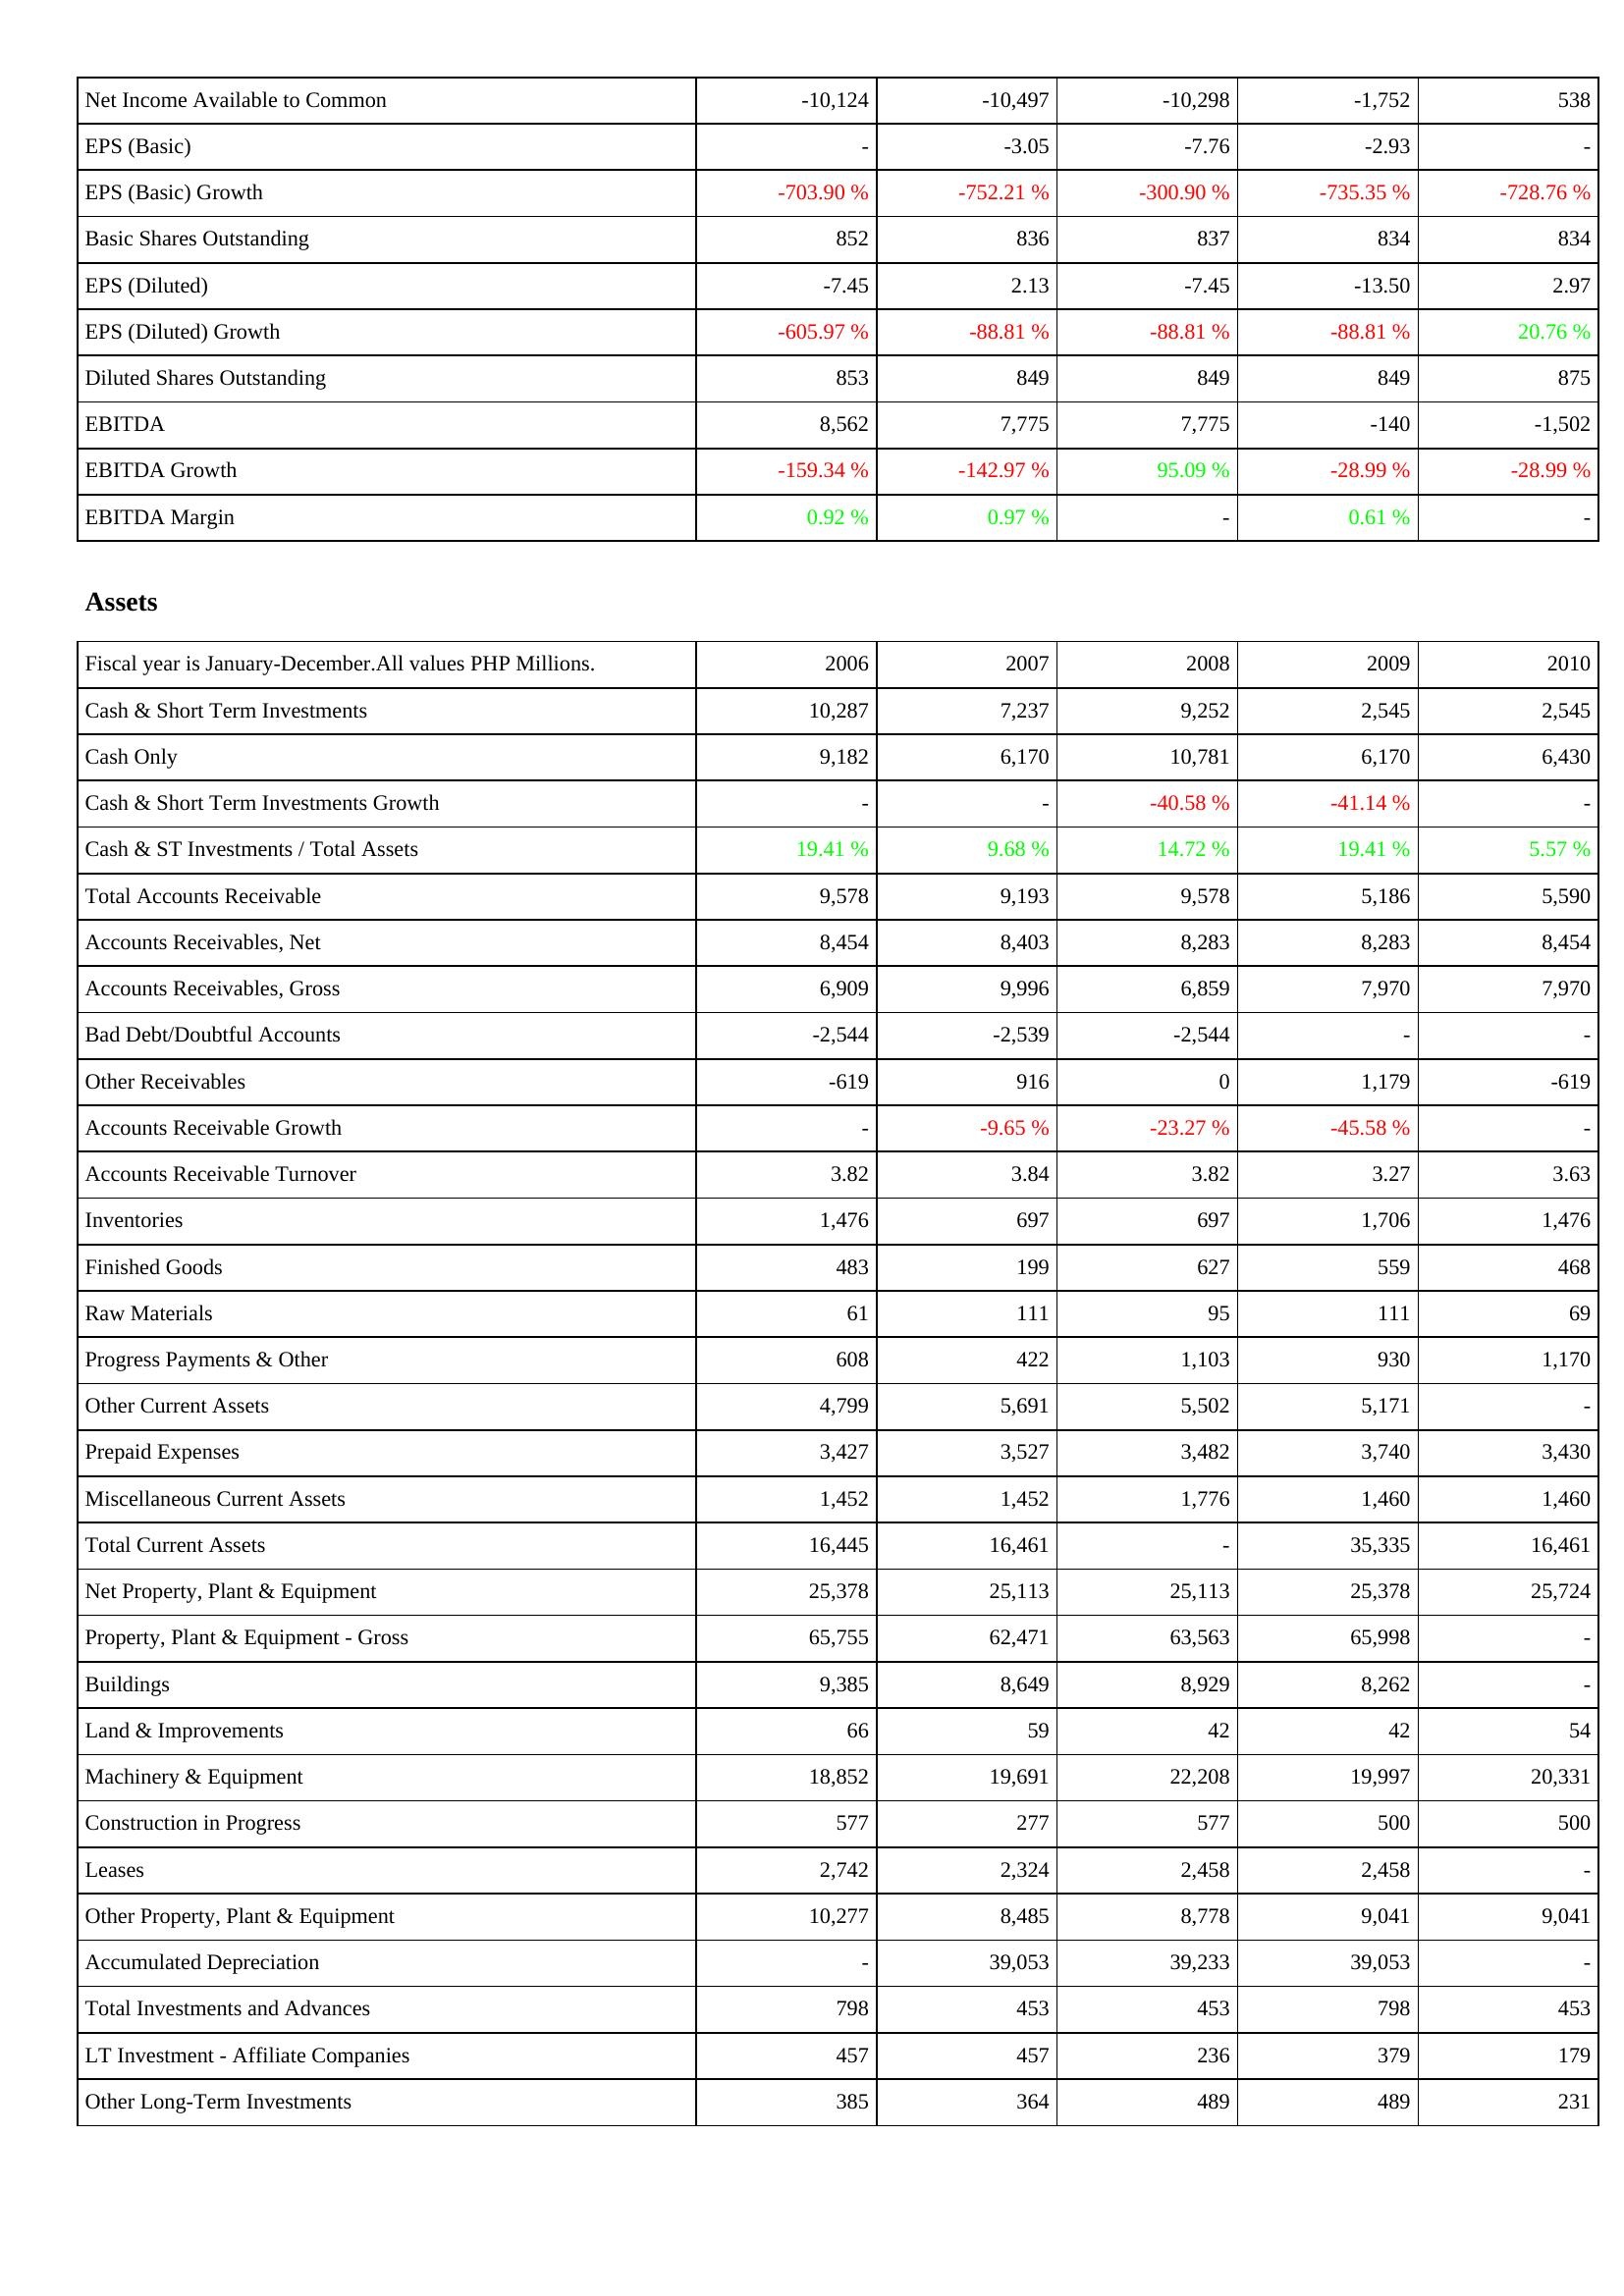
2006: Income Statement: Net Income Available to Common: -10,124
EPS (Basic): -
EPS (Basic) Growth: -703.90 %
Basic Shares Outstanding: 852
EPS (Diluted): -7.45
EPS (Diluted) Growth: -605.97 %
Diluted Shares Outstanding: 853
EBITDA: 8,562
EBITDA Growth: -159.34 %
EBITDA Margin: 0.92 %
Assets: Cash & Short Term Investments: 10,287
Cash Only: 9,182
Cash & Short Term Investments Growth: -
Cash & ST Investments / Total Assets: 19.41 %
Total Accounts Receivable: 9,578
Accounts Receivables, Net: 8,454
Accounts Receivables, Gross: 6,909
Bad Debt/Doubtful Accounts: -2,544
Other Receivables: -619
Accounts Receivable Growth: -
Accounts Receivable Turnover: 3.82
Inventories: 1,476
Finished Goods: 483
Raw Materials: 61
Progress Payments & Other: 608
Other Current Assets: 4,799
Prepaid Expenses: 3,427
Miscellaneous Current Assets: 1,452
Total Current Assets: 16,445
Net Property, Plant & Equipment: 25,378
Property, Plant & Equipment - Gross: 65,755
Buildings: 9,385
Land & Improvements: 66
Machinery & Equipment: 18,852
Construction in Progress: 577
Leases: 2,742
Other Property, Plant & Equipment: 10,277
Accumulated Depreciation: -
Total Investments and Advances: 798
LT Investment - Affiliate Companies: 457
Other Long-Term Investments: 385
2007: Income Statement: Net Income Available to Common: -10,497
EPS (Basic): -3.05
EPS (Basic) Growth: -752.21 %
Basic Shares Outstanding: 836
EPS (Diluted): 2.13
EPS (Diluted) Growth: -88.81 %
Diluted Shares Outstanding: 849
EBITDA: 7,775
EBITDA Growth: -142.97 %
EBITDA Margin: 0.97 %
Assets: Cash & Short Term Investments: 7,237
Cash Only: 6,170
Cash & Short Term Investments Growth: -
Cash & ST Investments / Total Assets: 9.68 %
Total Accounts Receivable: 9,193
Accounts Receivables, Net: 8,403
Accounts Receivables, Gross: 9,996
Bad Debt/Doubtful Accounts: -2,539
Other Receivables: 916
Accounts Receivable Growth: -9.65 %
Accounts Receivable Turnover: 3.84
Inventories: 697
Finished Goods: 199
Raw Materials: 111
Progress Payments & Other: 422
Other Current Assets: 5,691
Prepaid Expenses: 3,527
Miscellaneous Current Assets: 1,452
Total Current Assets: 16,461
Net Property, Plant & Equipment: 25,113
Property, Plant & Equipment - Gross: 62,471
Buildings: 8,649
Land & Improvements: 59
Machinery & Equipment: 19,691
Construction in Progress: 277
Leases: 2,324
Other Property, Plant & Equipment: 8,485
Accumulated Depreciation: 39,053
Total Investments and Advances: 453
LT Investment - Affiliate Companies: 457
Other Long-Term Investments: 364
2008: Income Statement: Net Income Available to Common: -10,298
EPS (Basic): -7.76
EPS (Basic) Growth: -300.90 %
Basic Shares Outstanding: 837
EPS (Diluted): -7.45
EPS (Diluted) Growth: -88.81 %
Diluted Shares Outstanding: 849
EBITDA: 7,775
EBITDA Growth: 95.09 %
EBITDA Margin: -
Assets: Cash & Short Term Investments: 9,252
Cash Only: 10,781
Cash & Short Term Investments Growth: -40.58 %
Cash & ST Investments / Total Assets: 14.72 %
Total Accounts Receivable: 9,578
Accounts Receivables, Net: 8,283
Accounts Receivables, Gross: 6,859
Bad Debt/Doubtful Accounts: -2,544
Other Receivables: 0
Accounts Receivable Growth: -23.27 %
Accounts Receivable Turnover: 3.82
Inventories: 697
Finished Goods: 627
Raw Materials: 95
Progress Payments & Other: 1,103
Other Current Assets: 5,502
Prepaid Expenses: 3,482
Miscellaneous Current Assets: 1,776
Total Current Assets: -
Net Property, Plant & Equipment: 25,113
Property, Plant & Equipment - Gross: 63,563
Buildings: 8,929
Land & Improvements: 42
Machinery & Equipment: 22,208
Construction in Progress: 577
Leases: 2,458
Other Property, Plant & Equipment: 8,778
Accumulated Depreciation: 39,233
Total Investments and Advances: 453
LT Investment - Affiliate Companies: 236
Other Long-Term Investments: 489
2009: Income Statement: Net Income Available to Common: -1,752
EPS (Basic): -2.93
EPS (Basic) Growth: -735.35 %
Basic Shares Outstanding: 834
EPS (Diluted): -13.50
EPS (Diluted) Growth: -88.81 %
Diluted Shares Outstanding: 849
EBITDA: -140
EBITDA Growth: -28.99 %
EBITDA Margin: 0.61 %
Assets: Cash & Short Term Investments: 2,545
Cash Only: 6,170
Cash & Short Term Investments Growth: -41.14 %
Cash & ST Investments / Total Assets: 19.41 %
Total Accounts Receivable: 5,186
Accounts Receivables, Net: 8,283
Accounts Receivables, Gross: 7,970
Bad Debt/Doubtful Accounts: -
Other Receivables: 1,179
Accounts Receivable Growth: -45.58 %
Accounts Receivable Turnover: 3.27
Inventories: 1,706
Finished Goods: 559
Raw Materials: 111
Progress Payments & Other: 930
Other Current Assets: 5,171
Prepaid Expenses: 3,740
Miscellaneous Current Assets: 1,460
Total Current Assets: 35,335
Net Property, Plant & Equipment: 25,378
Property, Plant & Equipment - Gross: 65,998
Buildings: 8,262
Land & Improvements: 42
Machinery & Equipment: 19,997
Construction in Progress: 500
Leases: 2,458
Other Property, Plant & Equipment: 9,041
Accumulated Depreciation: 39,053
Total Investments and Advances: 798
LT Investment - Affiliate Companies: 379
Other Long-Term Investments: 489
2010: Income Statement: Net Income Available to Common: 538
EPS (Basic): -
EPS (Basic) Growth: -728.76 %
Basic Shares Outstanding: 834
EPS (Diluted): 2.97
EPS (Diluted) Growth: 20.76 %
Diluted Shares Outstanding: 875
EBITDA: -1,502
EBITDA Growth: -28.99 %
EBITDA Margin: -
Assets: Cash & Short Term Investments: 2,545
Cash Only: 6,430
Cash & Short Term Investments Growth: -
Cash & ST Investments / Total Assets: 5.57 %
Total Accounts Receivable: 5,590
Accounts Receivables, Net: 8,454
Accounts Receivables, Gross: 7,970
Bad Debt/Doubtful Accounts: -
Other Receivables: -619
Accounts Receivable Growth: -
Accounts Receivable Turnover: 3.63
Inventories: 1,476
Finished Goods: 468
Raw Materials: 69
Progress Payments & Other: 1,170
Other Current Assets: -
Prepaid Expenses: 3,430
Miscellaneous Current Assets: 1,460
Total Current Assets: 16,461
Net Property, Plant & Equipment: 25,724
Property, Plant & Equipment - Gross: -
Buildings: -
Land & Improvements: 54
Machinery & Equipment: 20,331
Construction in Progress: 500
Leases: -
Other Property, Plant & Equipment: 9,041
Accumulated Depreciation: -
Total Investments and Advances: 453
LT Investment - Affiliate Companies: 179
Other Long-Term Investments: 231